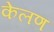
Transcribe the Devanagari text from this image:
केलण